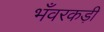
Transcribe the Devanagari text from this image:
भँवरकड़ी